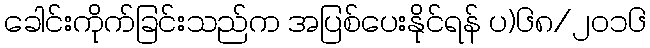
ခေါင်းကိုက်ခြင်းသည်က အပြစ်ပေးနိုင်ရန် ပ)၆၈/၂၀၁၆